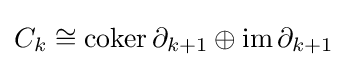
C_{k}\cong \operatorname {coker} \partial _{k+1}\oplus \operatorname {im} \partial _{k+1}